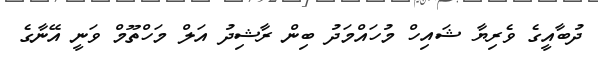
ދުބާއީގެ ވެރިޔާ ޝައިހް މުހައްމަދު ބިން ރާޝިދު އަލް މަހްތޫމް ވަނީ އޭނާގެ